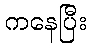
ကနေပြီး